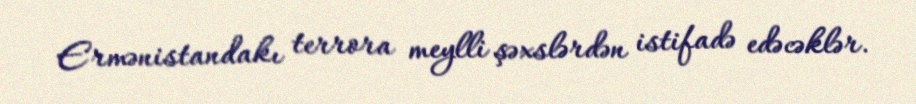
Ermənistandakı terrora meylli şəxslərdən istifadə edəcəklər.